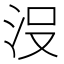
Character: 𣳚